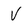
Character: V